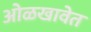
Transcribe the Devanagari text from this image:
ओळखावेत